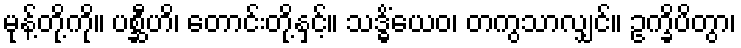
မုန့်တို့ကို။ ပစ္ဆီဟိ၊ တောင်းတို့နှင့်။ သဒ္ဓိံယေဝ၊ တကွသာလျှင်။ ဥက္ခိပိတွာ၊